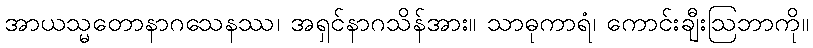
အာယသ္မတောနာဂသေနဿ၊ အရှင်နာဂသိန်အား။ သာဓုကာရံ၊ ကောင်းချီးဩဘာကို။